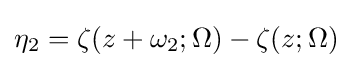
\eta _{2}=\zeta (z+\omega _{2};\Omega )-\zeta (z;\Omega )